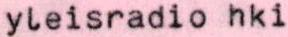
yleisradio hki